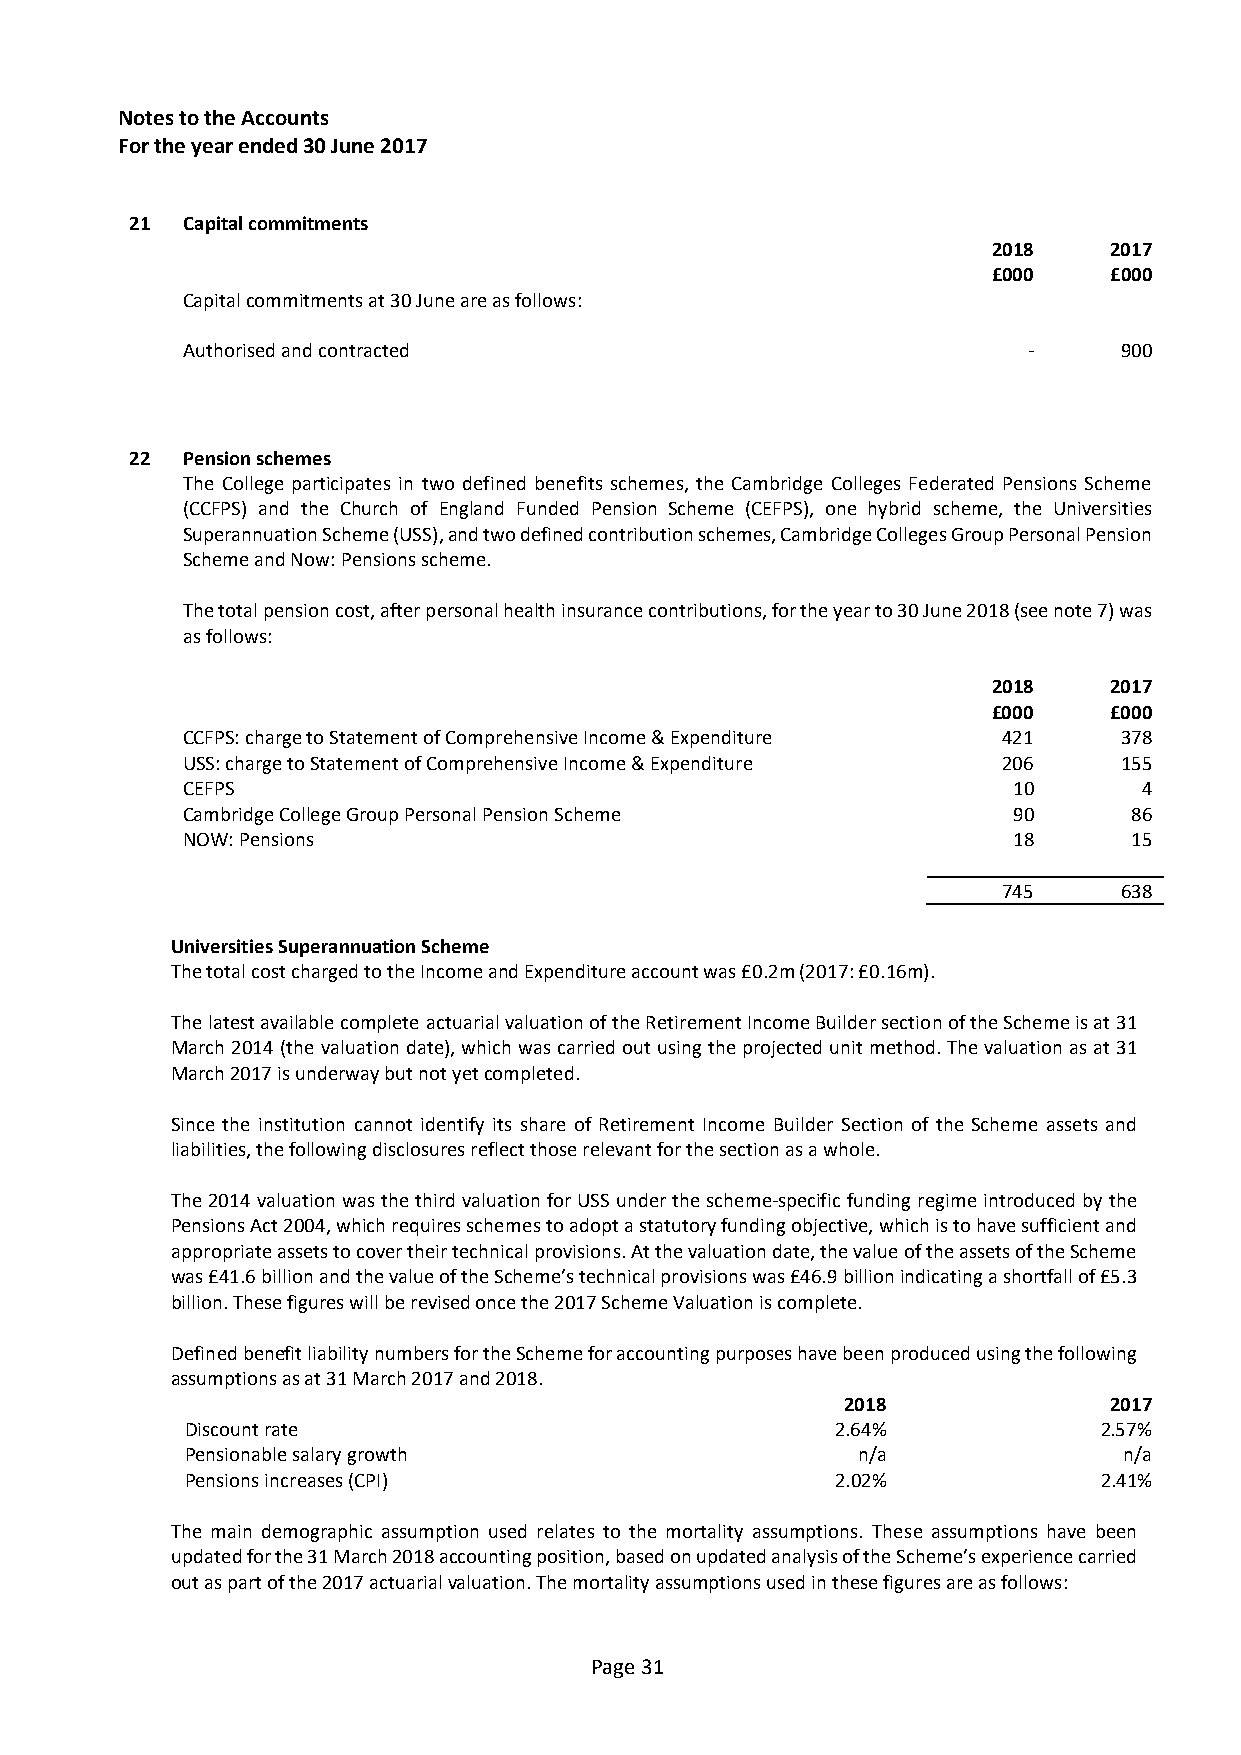
Notes to the Accounts
 For the year ended 30 June 2017
 21 Capital commitments
 2018   2017
 £000   £000
 Capital commitments at 30 June are as follows:
 Authorised and contracted                               -     900
 22 Pension schemes
 The College participates in two defined benefits schemes, the Cambridge Colleges Federated Pensions Scheme
 (CCFPS) and the Church of England Funded Pension Scheme (CEFPS), one hybrid scheme, the Universities
 Superannuation Scheme (USS), and two defined contribution schemes, Cambridge Colleges Group Personal Pension
 Scheme and Now: Pensions scheme.
 The total pension cost, after personal health insurance contributions, for the year to 30 June 2018 (see note 7) was
 as follows:
 2018   2017
 £000   £000
 CCFPS: charge to Statement of Comprehensive Income & Expenditure 421 378
 USS: charge to Statement of Comprehensive Income & Expenditure 206 155
 CEFPS                                                  10       4
 Cambridge College Group Personal Pension Scheme        90      86
 NOW: Pensions                                          18      15
 745     638
 Universities Superannuation Scheme
 The total cost charged to the Income and Expenditure account was £0.2m (2017: £0.16m).
 The latest available complete actuarial valuation of the Retirement Income Builder section of the Scheme is at 31
 March 2014 (the valuation date), which was carried out using the projected unit method. The valuation as at 31
 March 2017 is underway but not yet completed.
 Since the institution cannot identify its share of Retirement Income Builder Section of the Scheme assets and
 liabilities, the following disclosures reflect those relevant for the section as a whole.
 The 2014 valuation was the third valuation for USS under the scheme-specific funding regime introduced by the
 Pensions Act 2004, which requires schemes to adopt a statutory funding objective, which is to have sufficient and
 appropriate assets to cover their technical provisions. At the valuation date, the value of the assets of the Scheme
 was £41.6 billion and the value of the Scheme’s technical provisions was £46.9 billion indicating a shortfall of £5.3
 billion. These figures will be revised once the 2017 Scheme Valuation is complete.
 Defined benefit liability numbers for the Scheme for accounting purposes have been produced using the following
 assumptions as at 31 March 2017 and 2018.
 2018             2017
 Discount rate                              2.64%             2.57%
 Pensionable salary growth                    n/a              n/a
 Pensions increases (CPI)                   2.02%             2.41%
 The main demographic assumption used relates to the mortality assumptions. These assumptions have been
 updated for the 31 March 2018 accounting position, based on updated analysis of the Scheme’s experience carried
 out as part of the 2017 actuarial valuation. The mortality assumptions used in these figures are as follows:
 Page 31